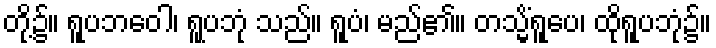
တို့၌။ ရူပဘဝေါ၊ ရူပဘုံ သည်။ ရူပံ၊ မည်၏။ တသ္မိံရူပေ၊ ထိုရူပဘုံ၌။